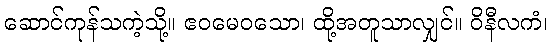
ဆောင်ကုန်သကဲ့သို့။ ဧဝမေဝသော၊ ထို့အတူသာလျှင်။ ဝိနီလကံ၊